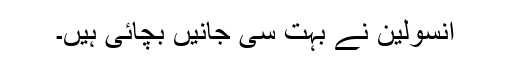
انسولین نے بہت سی جانیں‌ بچائی ہیں۔